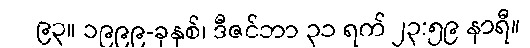
၉၃။ ၁၉၉၉-ခုနှစ်၊ ဒီဇင်ဘာ ၃၁ ရက် ၂၃:၅၉ နာရီ။